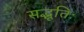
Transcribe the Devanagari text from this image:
सद्भूतिः